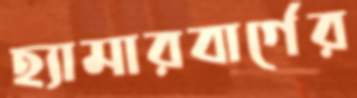
হ্যামারবার্গের